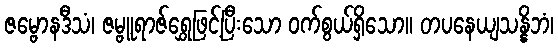
ဇမ္ဗောနဒီသံ၊ ဇမ္ဗူရာဇ်ရွှေဖြင့်ပြီးသော ဝက်စွယ်ရှိသော။ တပနေယျသန္နိဘံ၊